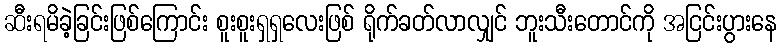
ဆီးရမိခဲ့ခြင်းဖြစ်ကြောင်း စူးစူးရှရှလေးဖြစ် ရိုက်ခတ်လာလျှင် ဘူးသီးတောင်ကို အငြင်းပွားနေ